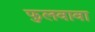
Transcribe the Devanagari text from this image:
फुलवावा